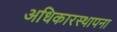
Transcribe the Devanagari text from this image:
अधिकारस्थापना